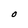
Character: O